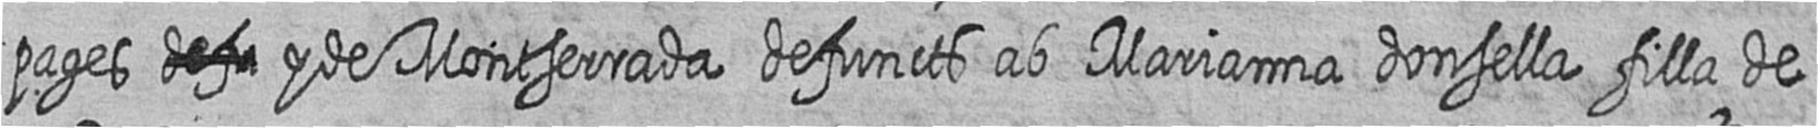
pages # y de Montserrada defuncts ab Marianna donsella filla de